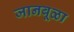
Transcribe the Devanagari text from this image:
जानबूळा